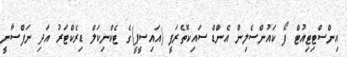
އިންސްޓިޓިއުޓް ފޯ ކައުންސެލިން އެންޑް ސައިކޮތެރަޕީ (އައިސީޕީ)ގެ ޓެކްނިކަލް ޑިރެކްޓަރު އަދި ނަފްސާނީ